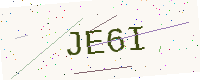
Text: JE6I